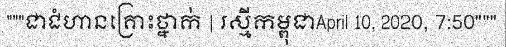
"""ជាជំហានគ្រោះថ្នាក់ | រស្មីកម្ពុជាApril 10, 2020, 7:50"""